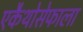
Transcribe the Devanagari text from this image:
एकैथोसेफाला